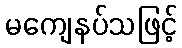
မကျေနပ်သဖြင့်